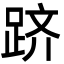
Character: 跻